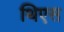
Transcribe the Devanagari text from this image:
थिएस